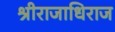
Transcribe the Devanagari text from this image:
श्रीराजाधिराज